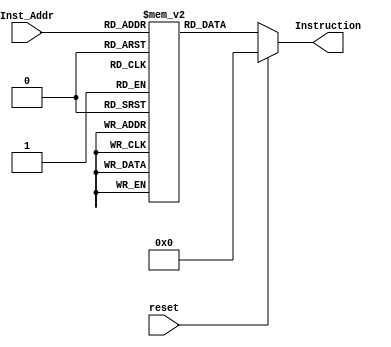
module inst_mem(
input [7:0]Inst_Addr,
input reset,
output wire [7:0]Instruction
);

reg [7:0] ins_mem [255:0];
reg [7:0] Inst_reg;
wire [7:0] pc;


// initial begin
//   $readmemb("data.bin", ins_mem);
// end

initial begin
	ins_mem[0] = 8'b10010010;
//Test Program----------------
	ins_mem[1] = 8'b00101000;
	ins_mem[2] = 8'b00001000;
	ins_mem[3] = 8'b01100000;
	ins_mem[4] = 8'b10000010;
	ins_mem[5] = 8'b01000001;
	ins_mem[6] = 8'b00101000;
	ins_mem[7] = 8'b10111000;
//----------------------------	
	ins_mem[8] = 8'b01111000;
	ins_mem[9] = 8'b01111000;
	ins_mem[11] = 8'b01111000;
	ins_mem[12] = 8'b01111000;
	ins_mem[13] = 8'b01111000;
	ins_mem[14] = 8'b01111000;
	ins_mem[15] = 8'b01111000;
	ins_mem[16] = 8'b01111000;
	ins_mem[17] = 8'b01111000;
	ins_mem[18] = 8'b01111000;
	ins_mem[19] = 8'b01111000;
	ins_mem[20] = 8'b01111000;
	ins_mem[31] = 8'b01111000;
	ins_mem[32] = 8'b01111000;
	ins_mem[33] = 8'b01111000;
	ins_mem[34] = 8'b01111000;
	ins_mem[35] = 8'b01111000;
	ins_mem[36] = 8'b01111000;
	ins_mem[37] = 8'b01111000;
	ins_mem[38] = 8'b01111000;
	ins_mem[39] = 8'b01111000;
	ins_mem[40] = 8'b01111000;
	ins_mem[41] = 8'b01111000;
	ins_mem[42] = 8'b01111000;
	ins_mem[43] = 8'b01111000;
	ins_mem[44] = 8'b01111000;
	ins_mem[45] = 8'b01111000;
	ins_mem[46] = 8'b01111000;
	ins_mem[47] = 8'b01111000;
	ins_mem[48] = 8'b01111000;
	ins_mem[49] = 8'b01111000;
	ins_mem[50] = 8'b01111000;
	ins_mem[51] = 8'b01111000;
	ins_mem[52] = 8'b01111000;
	ins_mem[53] = 8'b01111000;
	ins_mem[54] = 8'b01111000;
	ins_mem[55] = 8'b01111000;
	ins_mem[56] = 8'b01111000;
	ins_mem[57] = 8'b01111000;
	ins_mem[58] = 8'b01111000;
	ins_mem[59] = 8'b01111000;
	ins_mem[60] = 8'b01111000;
	ins_mem[61] = 8'b01111000;
	ins_mem[62] = 8'b01111000;
	ins_mem[63] = 8'b01111000;
	ins_mem[64] = 8'b01111000;
	ins_mem[65] = 8'b01111000;
	ins_mem[66] = 8'b01111000;
	ins_mem[67] = 8'b01111000;
	ins_mem[68] = 8'b01111000;
	ins_mem[69] = 8'b01111000;
	ins_mem[70] = 8'b01111000;
end	

always@(Inst_Addr)
begin
	if(reset)
		Inst_reg <= 0;
	else
		Inst_reg <=  ins_mem[Inst_Addr];
end

assign Instruction = Inst_reg;

endmodule